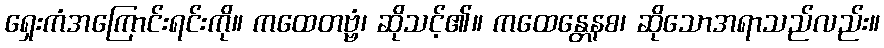
ရှေးကံအကြောင်းရင်းကို။ ကထေတဗ္ဗံ၊ ဆိုသင့်၏။ ကထေန္တေနစ၊ ဆိုသောအရာသည်လည်း။